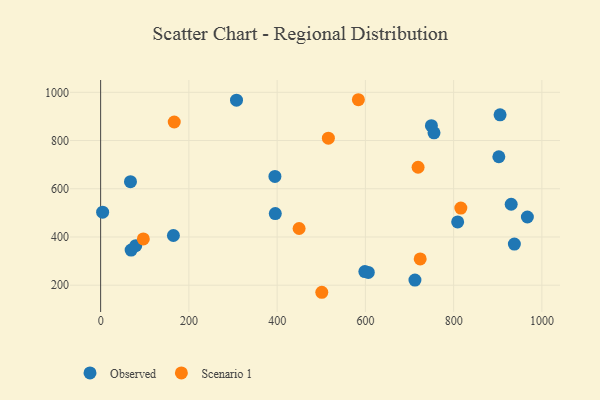
{"axis": {"x": "Investment", "y": "Fuel Efficiency"}, "legend": ["Observed", "Scenario 1"], "data": [{"x": "749.6", "y": 861.5, "type": "Observed"}, {"x": "606.6", "y": 253.0, "type": "Observed"}, {"x": "755.5", "y": 831.8, "type": "Observed"}, {"x": "809.1", "y": 462.4, "type": "Observed"}, {"x": "395.0", "y": 651.1, "type": "Observed"}, {"x": "164.9", "y": 406.3, "type": "Observed"}, {"x": "967.1", "y": 482.9, "type": "Observed"}, {"x": "67.6", "y": 629.3, "type": "Observed"}, {"x": "307.9", "y": 967.5, "type": "Observed"}, {"x": "69.1", "y": 345.7, "type": "Observed"}, {"x": "395.8", "y": 497.1, "type": "Observed"}, {"x": "712.3", "y": 221.2, "type": "Observed"}, {"x": "905.2", "y": 906.6, "type": "Observed"}, {"x": "937.6", "y": 370.6, "type": "Observed"}, {"x": "930.4", "y": 535.8, "type": "Observed"}, {"x": "598.8", "y": 256.7, "type": "Observed"}, {"x": "902.4", "y": 732.7, "type": "Observed"}, {"x": "79.5", "y": 364.2, "type": "Observed"}, {"x": "4.5", "y": 503.1, "type": "Observed"}, {"x": "584.1", "y": 969.2, "type": "Scenario 1"}, {"x": "166.8", "y": 876.9, "type": "Scenario 1"}, {"x": "719.4", "y": 689.3, "type": "Scenario 1"}, {"x": "516.1", "y": 809.9, "type": "Scenario 1"}, {"x": "816.3", "y": 520.0, "type": "Scenario 1"}, {"x": "96.7", "y": 392.0, "type": "Scenario 1"}, {"x": "449.8", "y": 435.3, "type": "Scenario 1"}, {"x": "501.2", "y": 170.8, "type": "Scenario 1"}, {"x": "724.2", "y": 309.2, "type": "Scenario 1"}]}